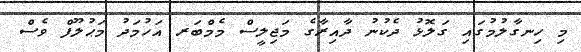
މި ހިނގާލުމުގައި ގަލޮޅު ދެކުނު ދާއިރާގެ މަޖިލީސް މެމްބަރ އަހުމަދު މަޙުލޫފް ވެސް